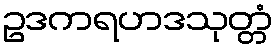
ဥဒကရဟဒသုတ္တံ